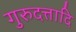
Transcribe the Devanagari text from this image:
गुरुदत्तादि